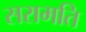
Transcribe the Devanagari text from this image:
सरामति